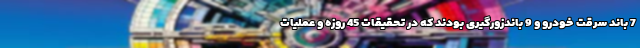
7 باند سرقت خودرو و 9 باندزورگیری بودند که در تحقیقات 45 روزه و عملیات